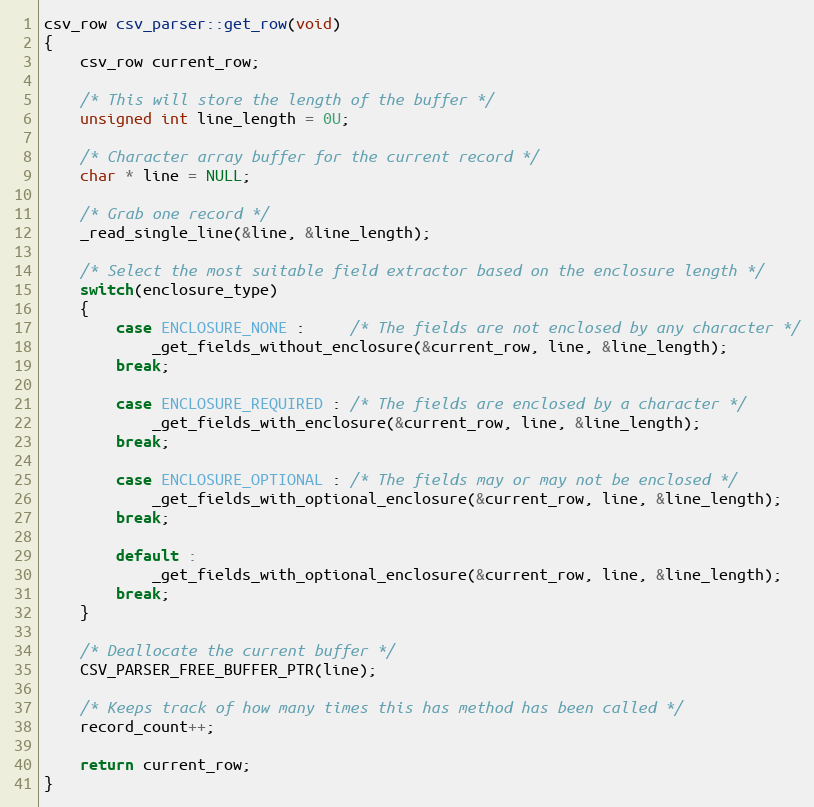
Language: C++
csv_row csv_parser::get_row(void)
{
	csv_row current_row;

	/* This will store the length of the buffer */
	unsigned int line_length = 0U;

	/* Character array buffer for the current record */
	char * line = NULL;

	/* Grab one record */
	_read_single_line(&line, &line_length);

	/* Select the most suitable field extractor based on the enclosure length */
	switch(enclosure_type)
	{
		case ENCLOSURE_NONE : 	 /* The fields are not enclosed by any character */
			_get_fields_without_enclosure(&current_row, line, &line_length);
		break;

		case ENCLOSURE_REQUIRED : /* The fields are enclosed by a character */
			_get_fields_with_enclosure(&current_row, line, &line_length);
		break;

		case ENCLOSURE_OPTIONAL : /* The fields may or may not be enclosed */
			_get_fields_with_optional_enclosure(&current_row, line, &line_length);
		break;

		default :
			_get_fields_with_optional_enclosure(&current_row, line, &line_length);
		break;
	}

	/* Deallocate the current buffer */
	CSV_PARSER_FREE_BUFFER_PTR(line);

	/* Keeps track of how many times this has method has been called */
	record_count++;

	return current_row;
}